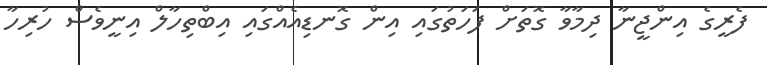
ފެރީގެ އިންޖީނާ ދިމާވާ ގޮތަށް ފަހަތުގައި އިން ގޮނޑިއެއްގައި އިބްތިހާލް އިނީވެސް ހުރިހާ